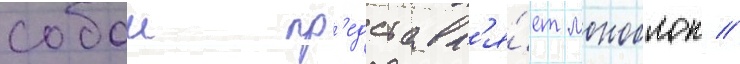
собои пр'едставл'я́ет моноблок //